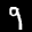
Label: 9